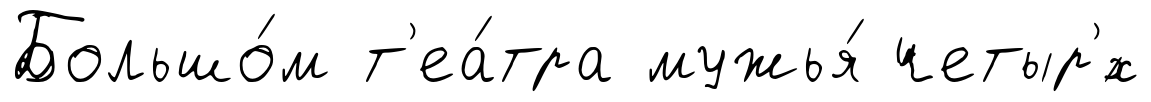
Большо́м т'еа́тра мужья́ четыр'́х